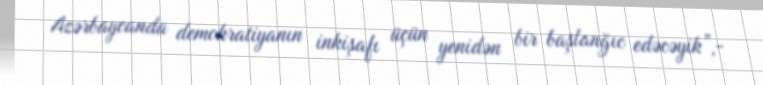
Azərbaycanda demokratiyanın inkişafı üçün yenidən bir başlanğıc edəcəyik”,-